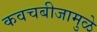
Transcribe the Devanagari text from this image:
कवचबीजामुळे